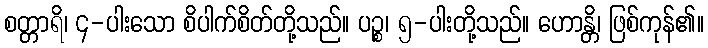
စတ္တာရိ၊ ၄-ပါးသော စိပါက်စိတ်တို့သည်။ ပဉ္စ၊ ၅-ပါးတို့သည်။ ဟောန္တိ၊ ဖြစ်ကုန်၏။